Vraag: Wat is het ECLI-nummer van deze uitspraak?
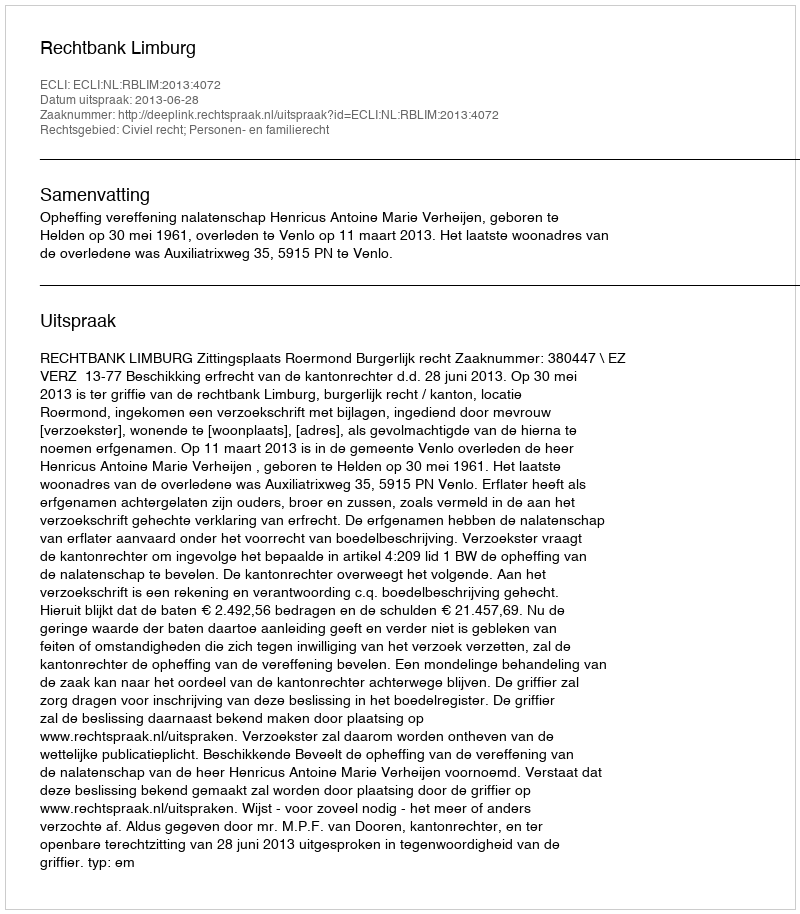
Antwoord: ECLI:NL:RBLIM:2013:4072